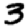
Digit: 3